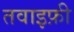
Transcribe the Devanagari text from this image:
तवाइफ़ी